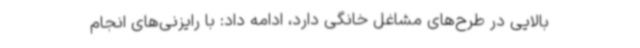
بالایی در طرح‌های مشاغل خانگی دارد، ادامه داد: با رایزنی‌های انجام